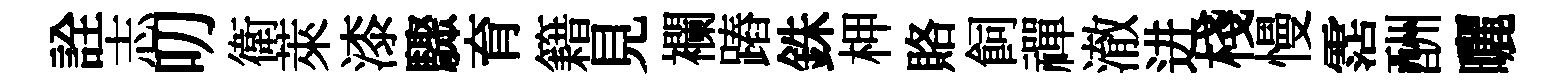
詮志叨衛萊漆驟育籍見襴蹖銖柙賂飼禪澈进棧慢霑酬曬